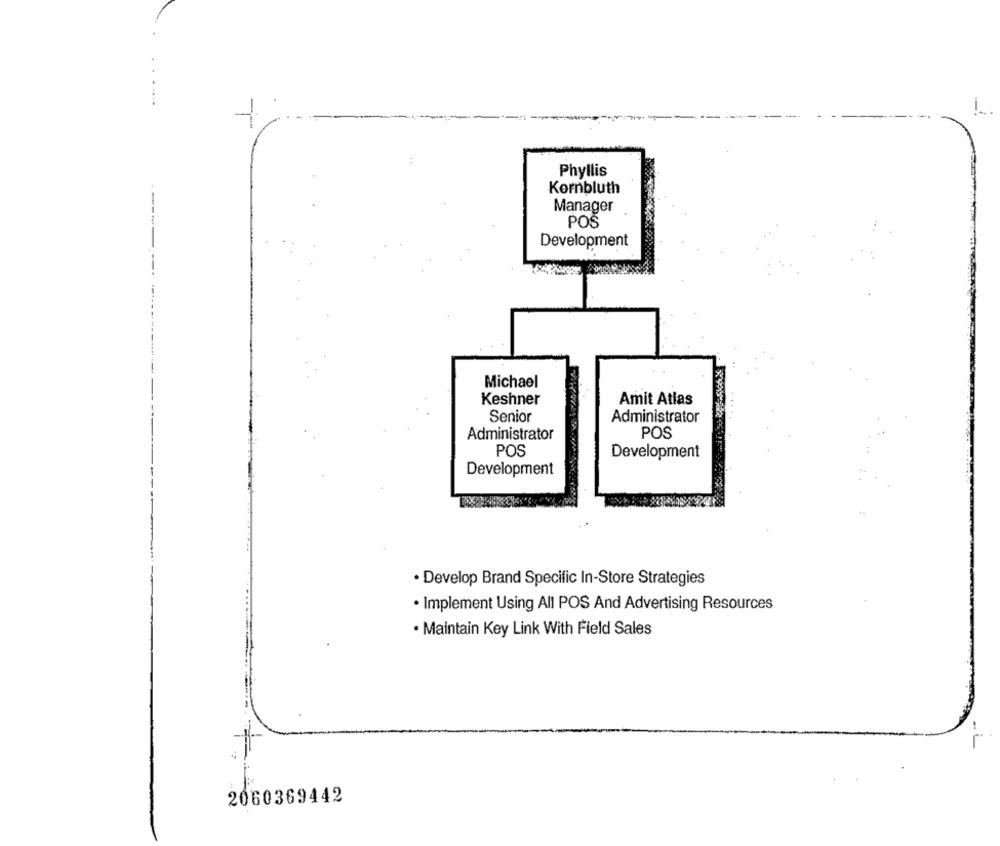
Phyllis
Kornbluth
Manager
POS
Development
Michael
Keshner
Amit Atlas
Senior
Administrator
Administrator
POS
POS
Development
Development
· Develop Brand Specific In-Store Strategies
· Implement Using All POS And Advertising Resources
. Maintain Key Link With Field Sales
2060369442